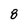
Character: 8